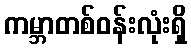
ကမ္ဘာတစ်ဝန်းလုံးရှိ